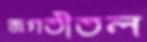
জগতীতল